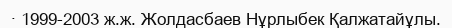
· 1999-2003 ж.ж. Жолдасбаев Нұрлыбек Қалжатайұлы.